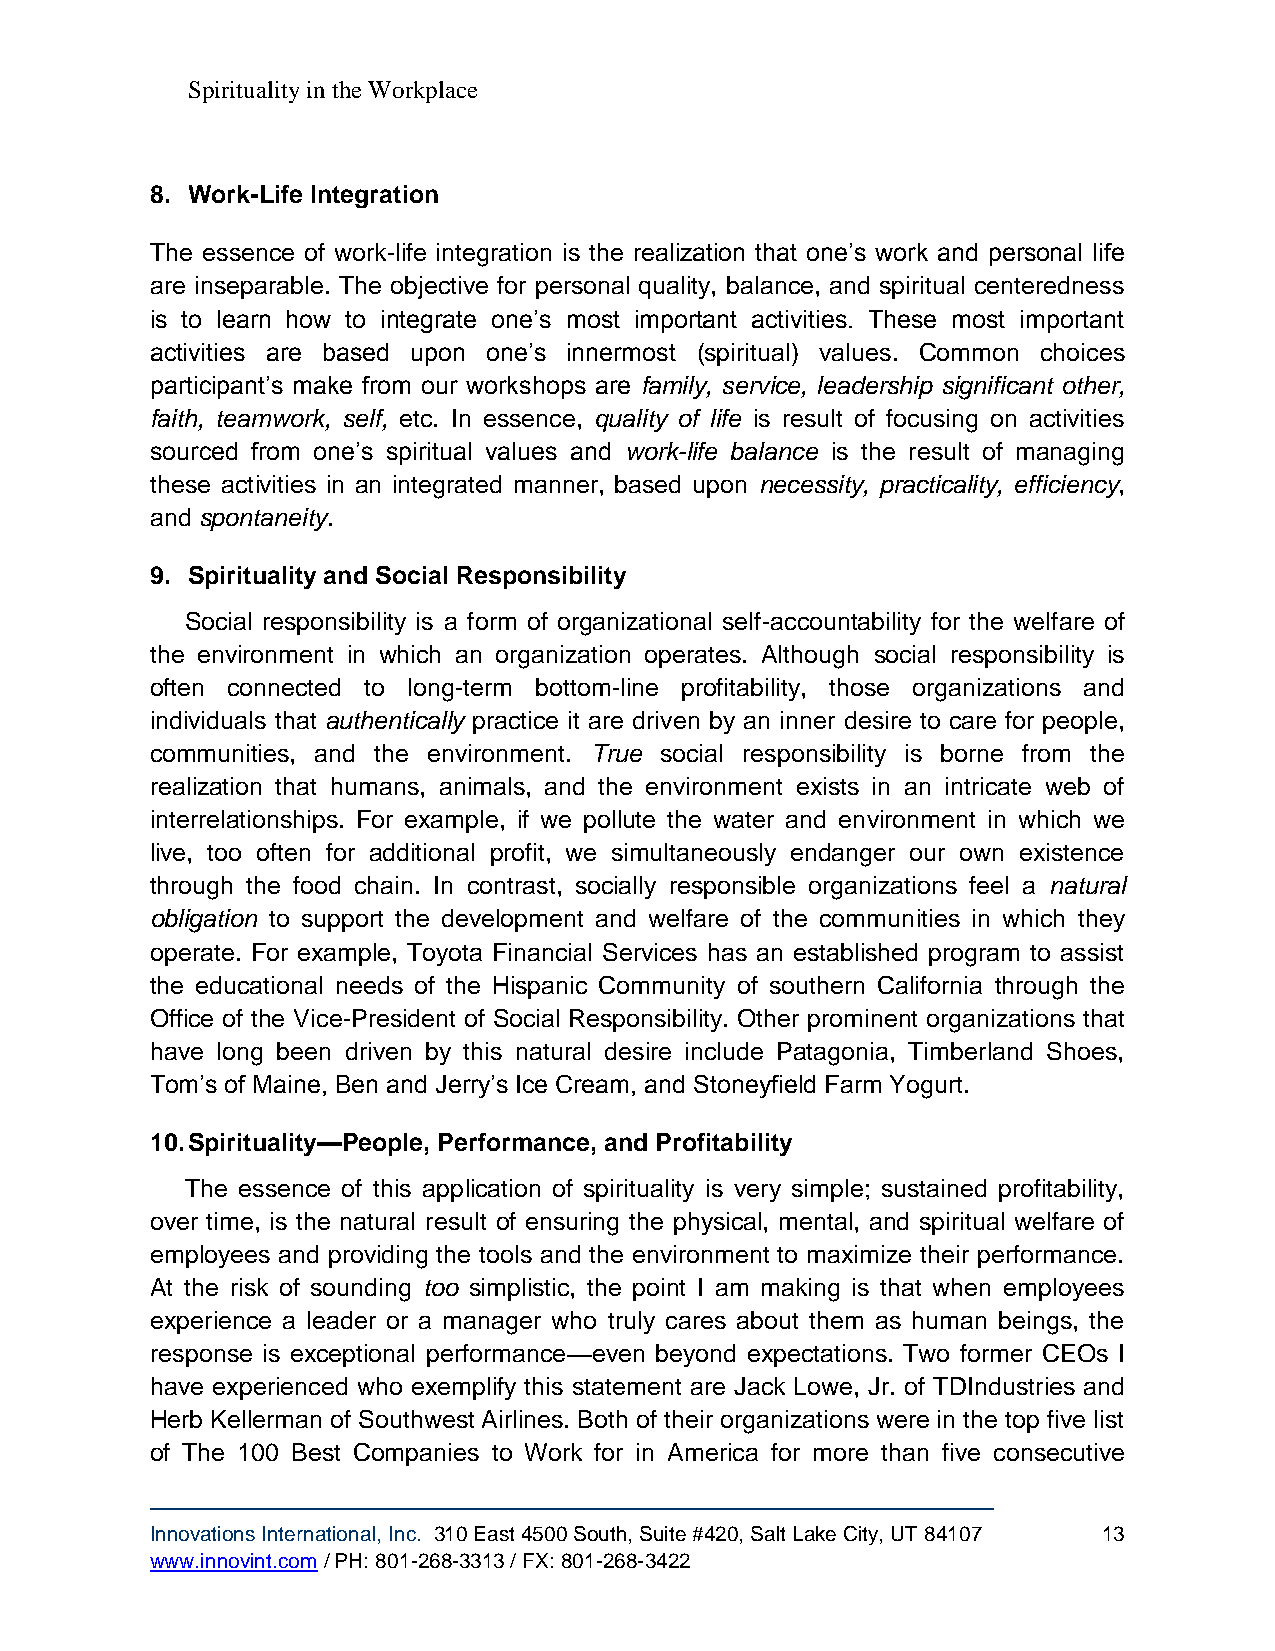
Spirituality in the Workplace
 8. Work-Life Integration
 The essence of work-life integration is the realization that one’s work and personal life
 are inseparable. The objective for personal quality, balance, and spiritual centeredness
 is to learn how to integrate one’s most important activities. These most important
 activities are based upon one’s innermost (spiritual) values. Common choices
 participant’s make from our workshops are family, service, leadership significant other,
 faith, teamwork, self, etc. In essence, quality of life is result of focusing on activities
 sourced from one’s spiritual values and work-life balance is the result of managing
 these activities in an integrated manner, based upon necessity, practicality, efficiency,
 and spontaneity.
 9. Spirituality and Social Responsibility
 Social responsibility is a form of organizational self-accountability for the welfare of
 the environment in which an organization operates. Although social responsibility is
 often connected to long-term bottom-line profitability, those organizations and
 individuals that authentically practice it are driven by an inner desire to care for people,
 communities, and the environment. True social responsibility is borne from the
 realization that humans, animals, and the environment exists in an intricate web of
 interrelationships. For example, if we pollute the water and environment in which we
 live, too often for additional profit, we simultaneously endanger our own existence
 through the food chain. In contrast, socially responsible organizations feel a natural
 obligation to support the development and welfare of the communities in which they
 operate. For example, Toyota Financial Services has an established program to assist
 the educational needs of the Hispanic Community of southern California through the
 Office of the Vice-President of Social Responsibility. Other prominent organizations that
 have long been driven by this natural desire include Patagonia, Timberland Shoes,
 Tom’s of Maine, Ben and Jerry’s Ice Cream, and Stoneyfield Farm Yogurt.
 10. Spirituality—People, Performance, and Profitability
 The essence of this application of spirituality is very simple; sustained profitability,
 over time, is the natural result of ensuring the physical, mental, and spiritual welfare of
 employees and providing the tools and the environment to maximize their performance.
 At the risk of sounding too simplistic, the point I am making is that when employees
 experience a leader or a manager who truly cares about them as human beings, the
 response is exceptional performance—even beyond expectations. Two former CEOs I
 have experienced who exemplify this statement are Jack Lowe, Jr. of TDIndustries and
 Herb Kellerman of Southwest Airlines. Both of their organizations were in the top five list
 of The 100 Best Companies to Work for in America for more than five consecutive
 Innovations International, Inc. 310 East 4500 South, Suite #420, Salt Lake City, UT 84107 13
 www.innovint.com / PH: 801-268-3313 / FX: 801-268-3422